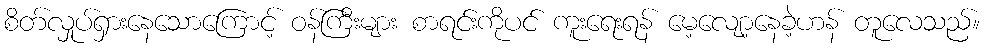
စိတ်လှုပ်ရှားနေသောကြောင့် ဝန်ကြီးများ စာရင်းကိုပင် ကူးရေးရန် မေ့လျော့နေခဲ့ဟန် တူလေသည်။